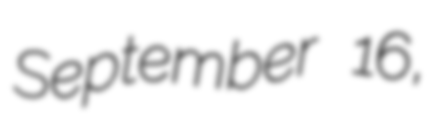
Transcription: September 16,